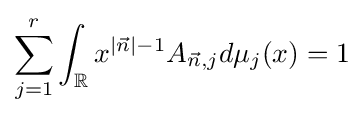
\sum \limits _{j=1}^{r}\int _{\mathbb {R} }x^{|{\vec {n}}|-1}A_{{\vec {n}},j}d\mu _{j}(x)=1